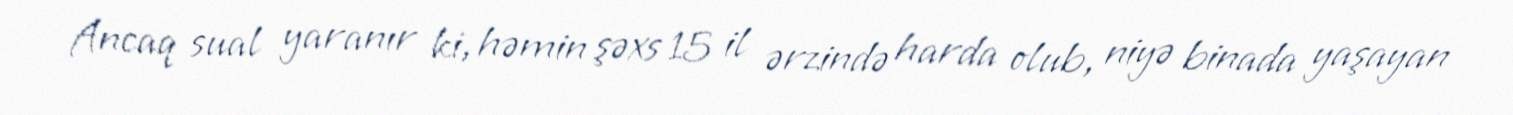
Ancaq sual yaranır ki, həmin şəxs 15 il ərzində harda olub, niyə binada yaşayan